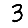
Digit: 3